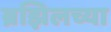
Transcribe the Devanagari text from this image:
ब्रझिलच्या